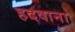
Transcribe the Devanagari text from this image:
हदवाना